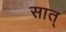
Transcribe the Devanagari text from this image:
सात्